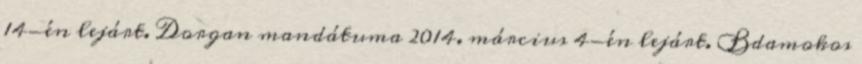
14-én lejárt. Dorgan mandátuma 2014. március 4-én lejárt. Bdamokos